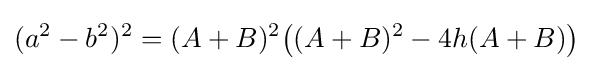
(a^{2}-b^{2})^{2}=(A+B)^{2}{\big (}(A+B)^{2}-4h(A+B){\big )}